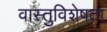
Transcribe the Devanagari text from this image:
वास्तुविशेषता